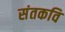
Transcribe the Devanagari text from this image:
संतकवि